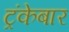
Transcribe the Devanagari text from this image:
ट्रंकेबार